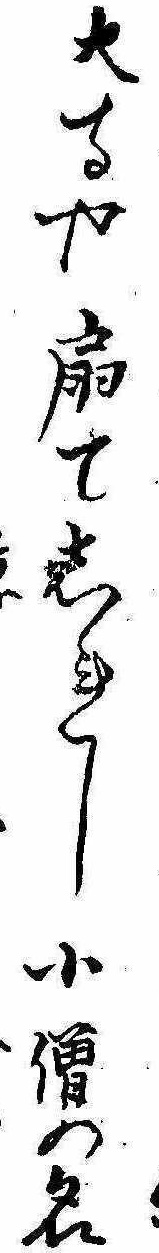
大寺や扇てしれし小僧の名